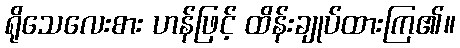
ရိုသေလေးစား ဟန်ဖြင့် ထိန်းချုပ်ထားကြ၏။